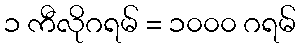
၁ ကီလိုဂရမ် = ၁၀၀၀ ဂရမ်